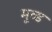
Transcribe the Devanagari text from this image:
मूव्ड